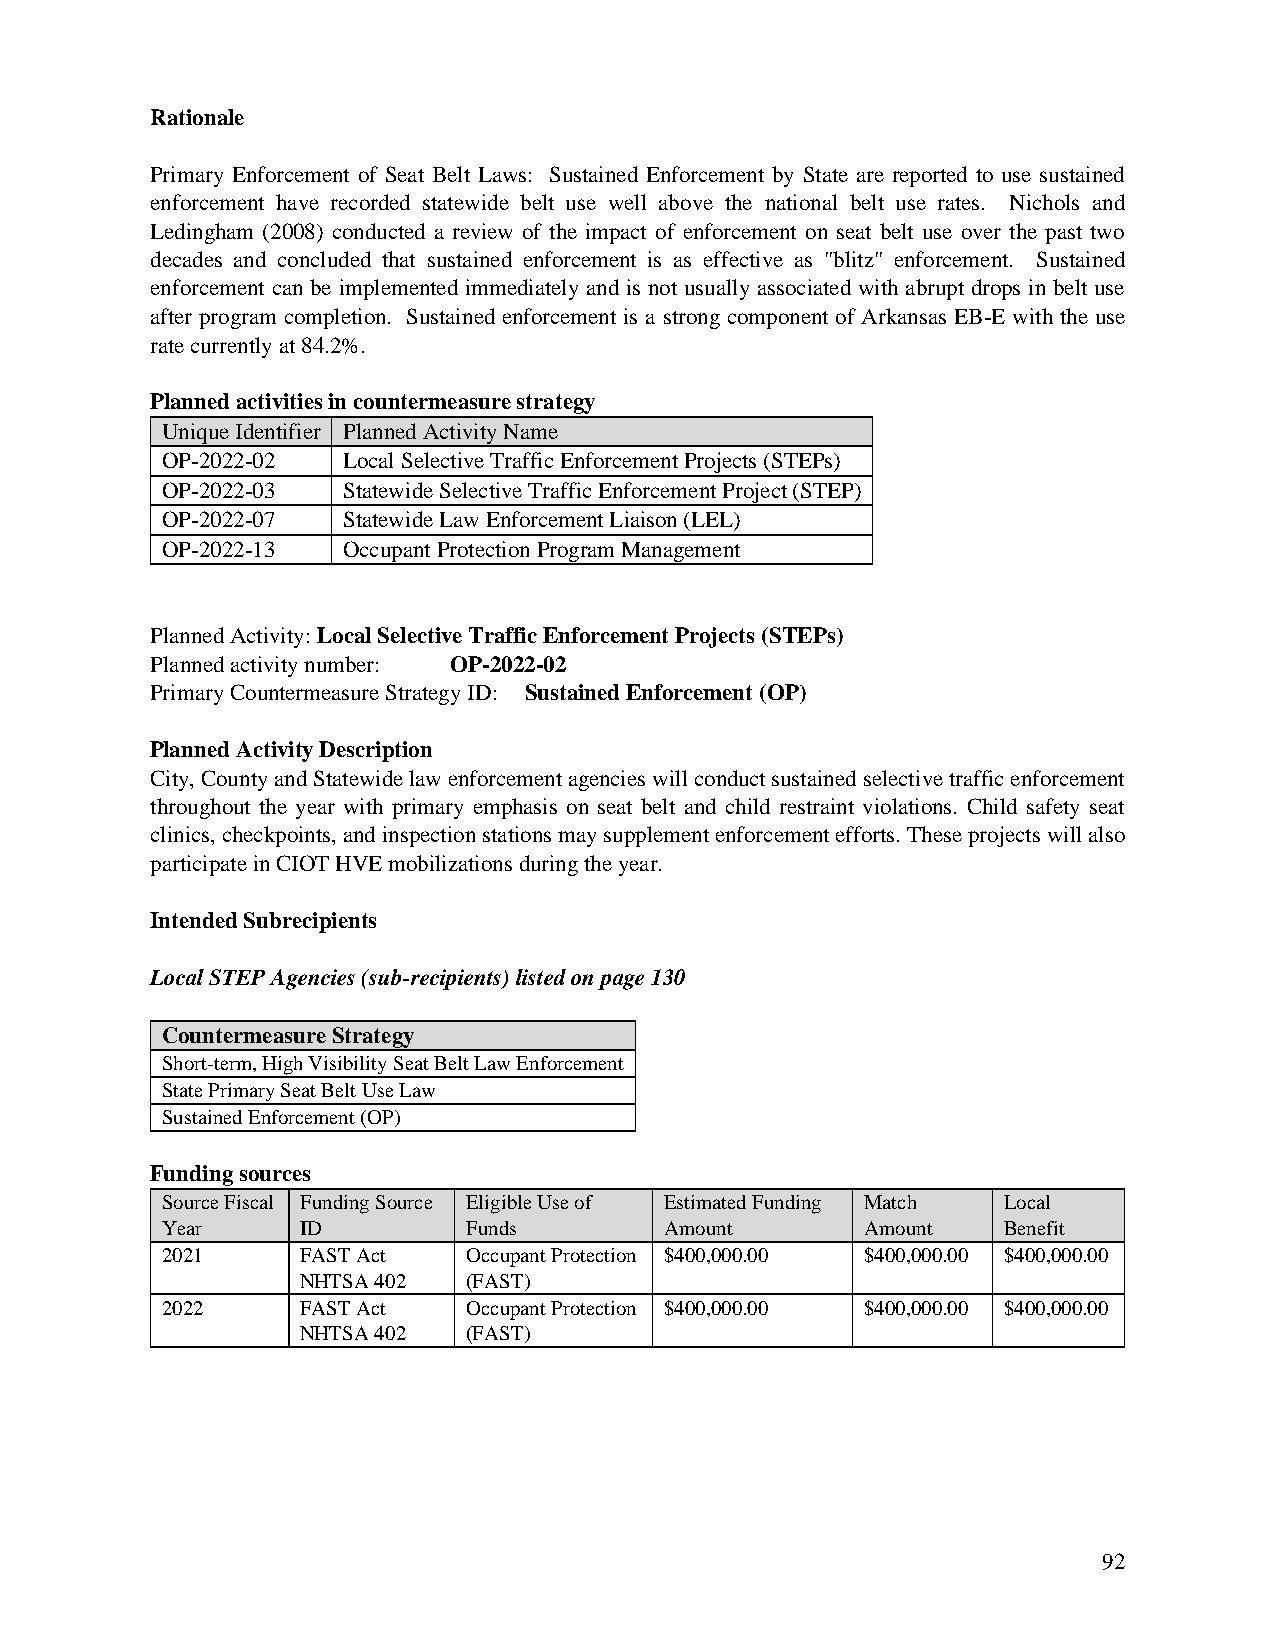
Rationale
 Primary Enforcement of Seat Belt Laws: Sustained Enforcement by State are reported to use sustained
 enforcement have recorded statewide belt use well above the national belt use rates. Nichols and
 Ledingham (2008) conducted a review of the impact of enforcement on seat belt use over the past two
 decades and concluded that sustained enforcement is as effective as "blitz" enforcement. Sustained
 enforcement can be implemented immediately and is not usually associated with abrupt drops in belt use
 after program completion. Sustained enforcement is a strong component of Arkansas EB-E with the use
 rate currently at 84.2%.
 Planned activities in countermeasure strategy
 Unique Identifier Planned Activity Name
 OP-2022-02  Local Selective Traffic Enforcement Projects (STEPs)
 OP-2022-03  Statewide Selective Traffic Enforcement Project (STEP)
 OP-2022-07  Statewide Law Enforcement Liaison (LEL)
 OP-2022-13  Occupant Protection Program Management
 Planned Activity: Local Selective Traffic Enforcement Projects (STEPs)
 Planned activity number: OP-2022-02
 Primary Countermeasure Strategy ID: Sustained Enforcement (OP)
 Planned Activity Description
 City, County and Statewide law enforcement agencies will conduct sustained selective traffic enforcement
 throughout the year with primary emphasis on seat belt and child restraint violations. Child safety seat
 clinics, checkpoints, and inspection stations may supplement enforcement efforts. These projects will also
 participate in CIOT HVE mobilizations during the year.
 Intended Subrecipients
 Local STEP Agencies (sub-recipients) listed on page 130
 Countermeasure Strategy
 Short-term, High Visibility Seat Belt Law Enforcement
 State Primary Seat Belt Use Law
 Sustained Enforcement (OP)
 Funding sources
 Source Fiscal Funding Source Eligible Use of Estimated Funding Match Local
 Year     ID         Funds        Amount       Amount   Benefit
 2021     FAST Act   Occupant Protection $400,000.00 $400,000.00 $400,000.00
 NHTSA 402  (FAST)
 2022     FAST Act   Occupant Protection $400,000.00 $400,000.00 $400,000.00
 NHTSA 402  (FAST)
 92